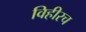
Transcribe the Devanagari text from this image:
विहीरच